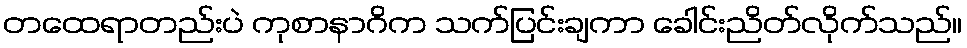
တထေရာတည်းပဲ ကုစာနာဂိက သက်ပြင်းချကာ ခေါင်းညိတ်လိုက်သည်။